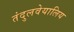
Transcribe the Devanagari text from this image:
तंदुलवेयालिय